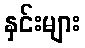
နှင်းများ